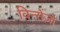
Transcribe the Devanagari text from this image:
विन्सेंज़ो